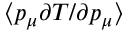
\langle p _ { \mu } \partial T / \partial p _ { \mu } \rangle